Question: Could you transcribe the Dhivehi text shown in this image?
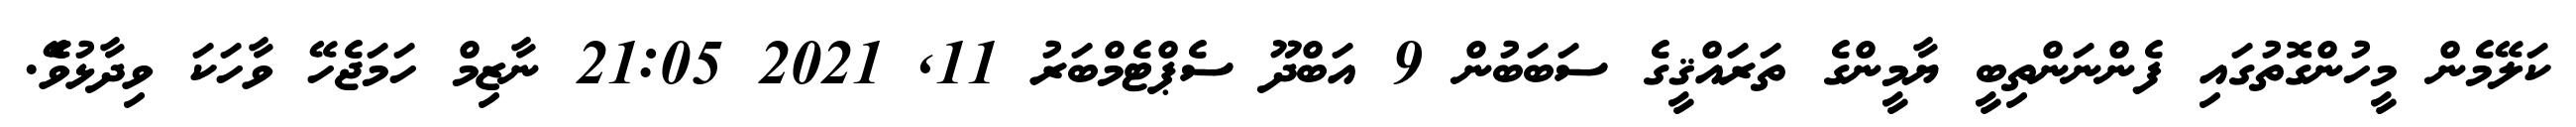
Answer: ކަލޭމެން މީހުންގޮތުގައި ފެންނަންތިބީ ޔާމީންގެ ތަރައްޤީގެ ސަބަބުން 9 އަބްދޫ ސެޕްޓެމްބަރު 11, 2021 21:05 ނާޒިމް ހަމަޖެހޭ ވާހަކަ ވިދާޅުވެޭ.